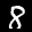
Label: 8